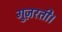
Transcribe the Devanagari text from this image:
गुज़रती।